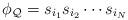
LaTeX: \begin{align*}\phi_{\mathcal{Q}}=s_{i_1}s_{i_2}\cdots s_{i_{N}}\end{align*}